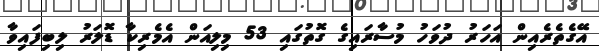
އޭގެތެރެއިން އަހަރު ދުވަހު މުސާރައިގެ ގޮތުގައި 53 މިލިއަން އެމެރިކާ ޑޮލަރު ލިބިފައިވާ